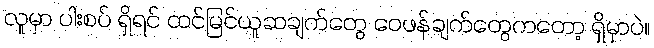
လူမှာ ပါးစပ် ရှိရင် ထင်မြင်ယူဆချက်တွေ ဝေဖန်ချက်တွေကတော့ ရှိမှာပဲ။